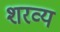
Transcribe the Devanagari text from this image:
शरव्य